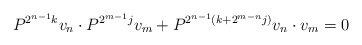
\begin{align*}P^{2^{n-1}k}v_n\cdot P^{2^{m-1}j}v_m + P^{2^{n-1}(k+2^{m-n}j)}v_n\cdot v_m =0\end{align*}